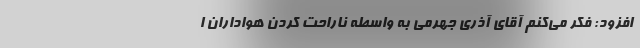
افزود: فکر می‌کنم آقای آذری جهرمی به واسطه ناراحت کردن هواداران ا